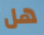
هل